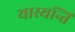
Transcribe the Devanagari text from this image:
यास्यन्ति